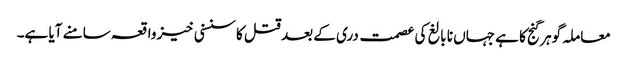
معاملہ گوہر گنج کا ہے جہاں نا بالغ کی عصمت دری کے بعد قتل کا سنسنی خیز واقعہ سامنے آیا ہے۔